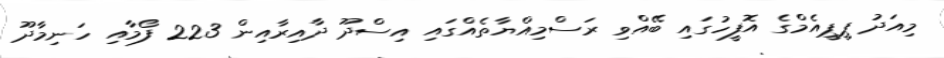
މިއަދު ޕީޕީއެމްގެ އޮފީހުގައި ބޭއްވި ރަސްމިއްޔާތެއްގައި އިސްދޫ ދާއިރާއިން 223 ފޯމާއި ހަނިމާދޫ